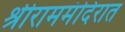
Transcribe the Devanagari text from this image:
श्रीराममंदिरात